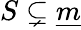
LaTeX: S\subsetneq{\underline{{m}}}